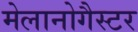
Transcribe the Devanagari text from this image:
मेलानोगैस्टर